Annual report of the Bengal Veterinary College and of the Civil Veterinary Department, Bengal, for the year 1918-19 - 1918-1919
Year: 1918
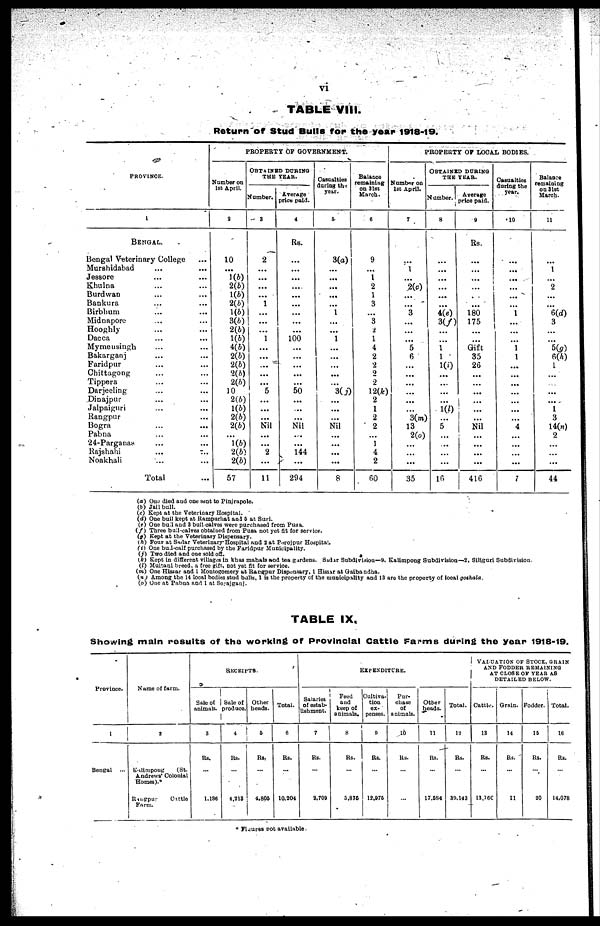
vi
TABLE VIII.
Return of Stud Bulls for the year 1918-19.
PROVINCE.
1
BENGAL.
Bengal Veterinary College ...
Murshidabad ... ...
Jessore ... ...
Khulna ... ...
Burdwan ... ...
Bankura ... ...
Birbhum ... ...
Midnapore ... ...
Hooghly ... ...
Dacca ... ...
Mymensingh ... ...
Bakarganj ... ...
Faridpur ... ...
Chittagong ... ...
Tippera ... ...
Darjeeling ... ...
Dinajpur ... ...
Jalpaiguri ... ...
Rangpur ... ...
Bogra ... ...
Pabna ... ...
24-Parganas ... ...
Rajshahi ... ...
Noakhali ... ...
Total ...
PROPERTY OF GOVERNMENT.
Number on
1st April.
2
10
...
1(b)
2(b)
1(b)
2(b)
1(b)
3(b)
2(b)
1(b)
4(b)
2(b)
2(b)
2(b)
2(b)
10
2(b)
1(b)
2(b)
2(b)
...
1(b)
2(b)
2(b)
57
OBTAINED DURING
THE YEAR.
Number.
3
2
...
...
...
...
1
...
...
...
1
...
...
...
...
...
5
...
...
...
Nil
...
...
2
...
11
Average
price paid.
4
Rs.
...
...
...
...
...
...
...
...
...
100
...
...
...
...
...
50
...
...
...
Nil
. .
...
144
...
294
Casualties
during the
year.
5
3(a)
...
...
...
...
...
1
...
...
1
...
...
...
...
...
3(j)
...
...
...
Nil
...
...
...
...
8
Balance
remaining
on 31st
March.
6
9
...
1
2
1
3
...
3
2
1
4
2
2
2
2
12(k)
2
1
2
2
...
1
4
2
60
PROPERTY OF LOCAL BODIES.
Number on
1st April.
7
...
1
...
2(c)
...
...
3
...
...
...
5
6
...
...
...
...
...
...
3(m)
13
2(o)
...
...
...
35
OBTAINED DURING
THE YEAR.
Number.
8
...
...
...
...
...
...
4(e)
3(f)
...
...
1
1
1(i)
...
...
...
...
1(l)
...
5
...
...
...
...
16
Average
price paid.
9
Rs.
...
...
...
...
. .
...
180
175
...
...
Gift
35
26
...
...
...
...
...
...
Nil
...
...
...
...
416
Casualties
during the
year.
10
...
...
...
...
...
...
1
...
...
...
1
1
...
...
...
...
...
...
...
4
...
...
...
...
7
Balance
remaining
on 31st
March.
11
...
1
...
2
...
...
6(d)
3
...
...
5(g)
6(h)
1
...
...
...
...
1
3
14(n)
2
...
...
...
44
(a) One died and one sent to Pinjrapole.
(b) Jail bull.
(c) Kept at the Veterinary Hospital.
(d) One bull kept at Ramparhat and 5 at Sari.
(e) One bull and 3 bull calves were purchased from Pusa.
(f) Three bull-calves obtained from Pusa not yet fit for service.
(g) Kept at the Veterinary Dispensary.
(h) Four at Sadar Veterinary Hospital and 2 at Pirojpur Hospital.
(i) One bull-calf purchased by the Faridpur Municipality.
(j) Two died and one sold off.
(k) Kept in different villages in khas mahals and tea gardens. Sadar Subdivision—9. Kalimpong Subdivision—2, Siliguri Subdivision-
(l) Multani breed, a free gift, not yet fit for service.
(m) One Hissar and 1 Montogomery at Rangpur Dispensary, 1 Hissar at Gaibandha.
(n) Among the 14 local bodies stud bulls, 1 is the property of the municipality and 13 are the property of local goshala.
(o) One at Pabna and 1 at Serajganj.
TABLE IX.
Showing main results of the working of Provincial Cattle Farms during the year 1918-19.
Province.
1
Bengal ...
Name of farm.
2
Kalimpong
(St.
Andrews' Colonial
Homes).*
Rangpur
Cattle
Farm.
RECEIPTS.
Sale of
animals.
3
Rs.
...
1,186
Sale of
produce.
4
Rs.
...
4,213
Other
heads.
5
Rs.
...
4,805
Total.
6
Rs.
...
10,204
EXPENDITURE.
Salaries
of estab-
lishment.
7
Rs.
...
2,709
Feed
and
keep of
animals.
8
Rs.
...
3,875
Cultiva-
tion
ex-
penses.
9
Rs.
...
12,975
Pur-
chase
of
animals.
10
Rs.
...
...
Other
heads.
11
Rs.
...
17,584
Total.
12
Rs.
...
39,143
VALUATION OF STOCK, GRAIN
AND FODDER REMAINING
AT CLOSE OF YEAR AS
DETAILED BELOW.
Cattle.
13
Rs.
...
13,760
Grain.
14
Rs.
...
11
Fodder.
15
Rs.
...
20
Total.
16
Rs.
...
14,078
* Figures not available.